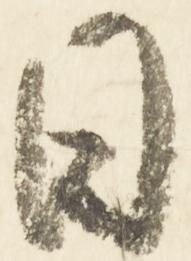
日